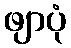
ဖျာပုံ